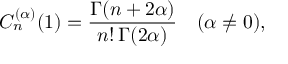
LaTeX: C _ { n } ^ { ( \alpha ) } ( 1 ) = { \frac { \Gamma ( n + 2 \alpha ) } { n ! \, \Gamma ( 2 \alpha ) } } \quad ( \alpha \neq 0 ) ,